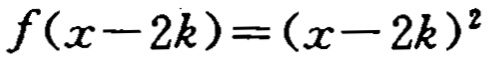
\(f(x - 2k)=(x - 2k)^2\)